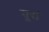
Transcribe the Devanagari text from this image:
यूसं